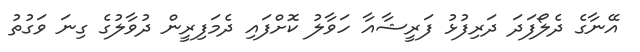
އޭނާގެ ދެލޯފަދަ ދަރިފުޅު ފަރީޝާއާ ހަވާލު ކޮށްފައި ދެމަފިރީން ދުވާލުގެ ގިނަ ވަގުތު